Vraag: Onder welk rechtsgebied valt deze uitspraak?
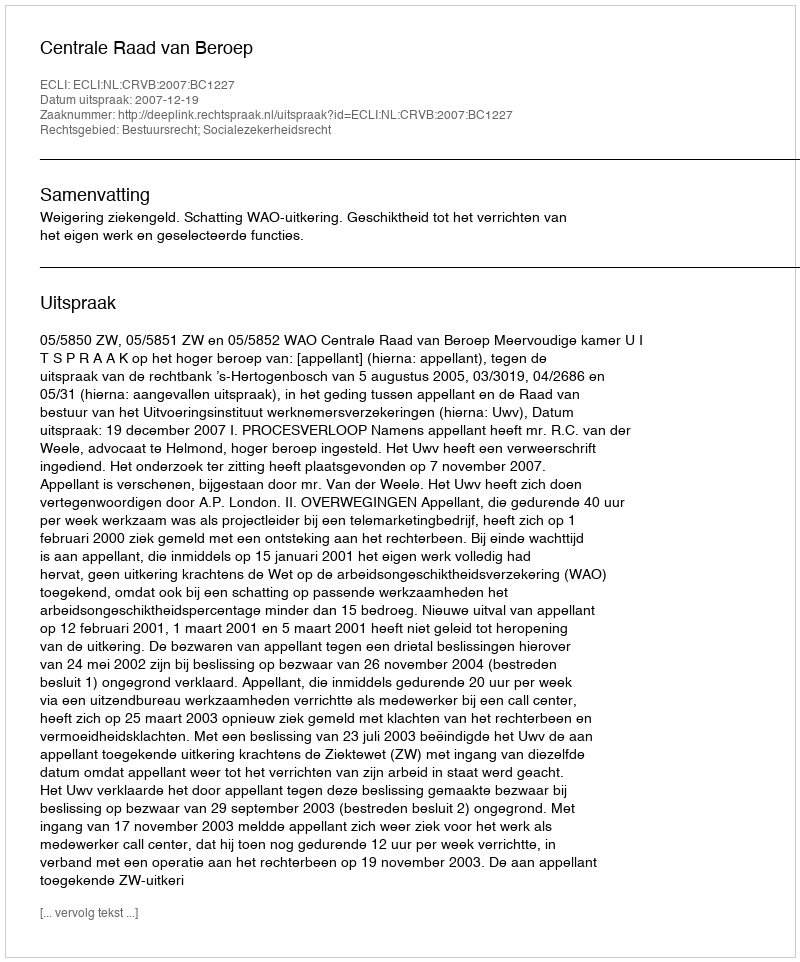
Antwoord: Bestuursrecht; Socialezekerheidsrecht